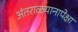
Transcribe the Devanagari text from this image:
अंतराळयानापेक्षा